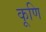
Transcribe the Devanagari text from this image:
कूणि